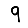
Digit: 9